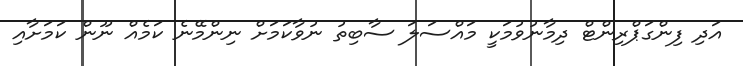
އަދި ފިންގަޕްރިންޓް ދިމާނުވުމަކީ މައްސަލަ ސާބިތު ނުވާކަމަށް ނިންމޭނެ ކަމެއް ނޫން ކަމަށާއި